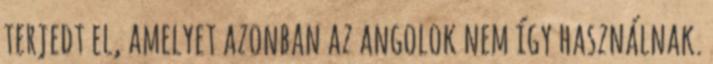
terjedt el, amelyet azonban az angolok nem így használnak.